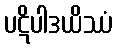
ပဋိပါဒယိဿံ